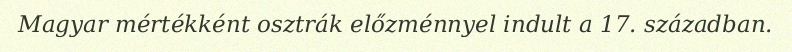
Magyar mértékként osztrák előzménnyel indult a 17. században.